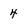
Character: 4